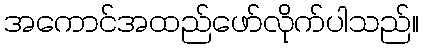
အကောင်အထည်ဖော်လိုက်ပါသည်။